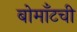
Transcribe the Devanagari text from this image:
बोमाँटची